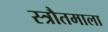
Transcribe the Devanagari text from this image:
स्त्रौतमाला